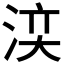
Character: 𣵉